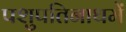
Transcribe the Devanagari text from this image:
पशुपतिनाथमें